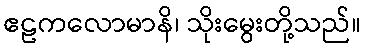
ဧဠကလောမာနိ၊ သိုးမွေးတို့သည်။